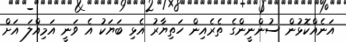
އަނެއްކޮޅުން ސުންނީންގެ ތެރެއިން ހަތިޔާރު އެޅި ބަޔަކު އެ ވަނީ އަމިއްލަ އަށް